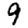
Digit: 9